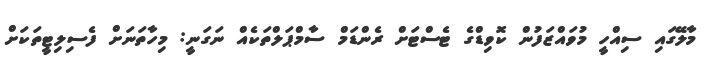
މާލޭގައި ސިއްހީ މުވައްޒަފުން ކޮވިޑްގެ ޓެސްޓަށް ރެންޑަމް ސާމްޕަލްތަކެއް ނަގަނީ: މިހާތަނަށް ފެސިލިޓީތަކަށް